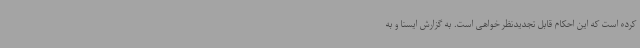
کرده است که این احکام قابل تجدیدنظر خواهی است. به گزارش ایسنا و به